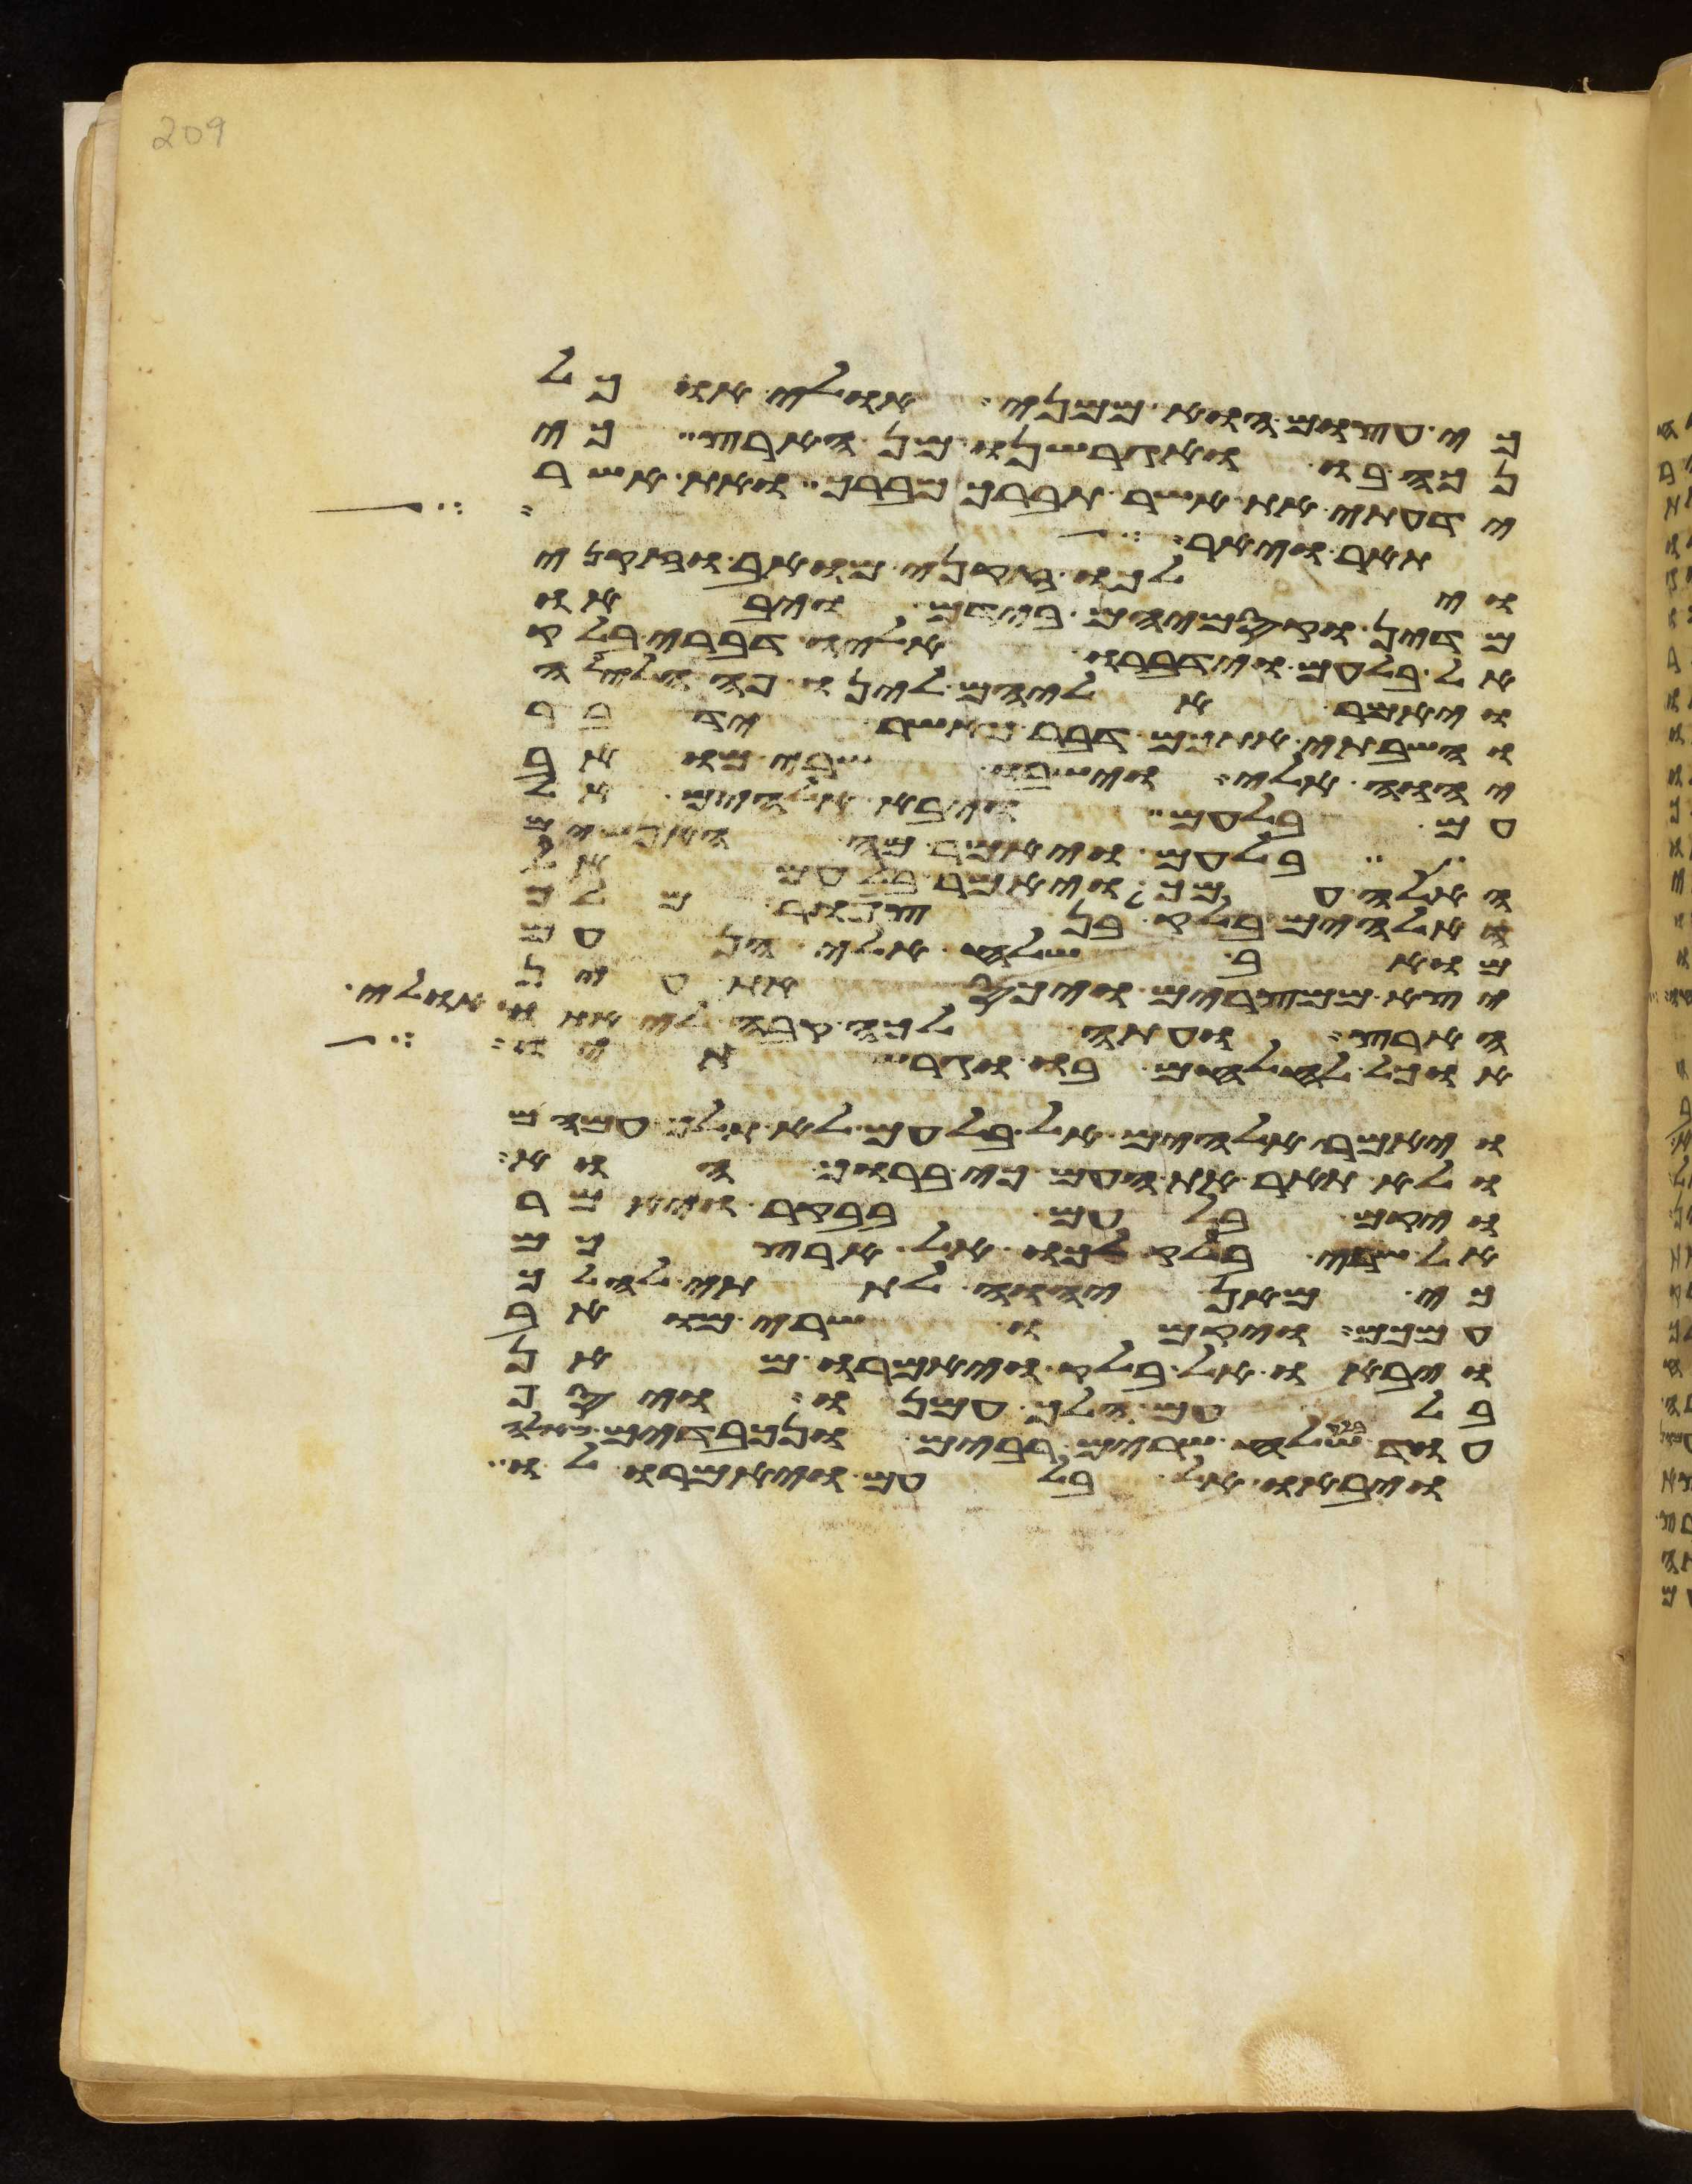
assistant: כי עצום הוא ממני אולי אוכל
נכה בו ואגרשנו מן הארץ כי
ידעתי את אשר תברך מברך ואת אשר
תאר ויאר
וילכו זקני מואב וזקני
מדין וקסמיהם בידם ויבאו
אל בלעם וידברו אליו דברי בלק
ויאמר אליהם לינו פה הלילה
והשבתי אתכם דבר כאשר ידבר
יהוה אלי וישבו שרי מואב
עם בלעם ויבא אלהים אל
בלעם ויאמר מה האנשים
האלה עמך ויאמר בלעם אל
האלהים בלק בן צפור מלך
מואב שלח אלי הן עם
יצא ממצרים ויכס את עין
הארץ ועתה לכה קבה לי אתו אולי
אוכל להלחם בו וגרשתיו
ויאמר אלהים אל בלעם לא תלך עמהם
ולא תאר את העם כי ברוך הוא
ויקם בלעם בבקר ויאמר
אל שרי בלק לכו אל ארצכם
כי מאן יהוה לתתי להלך
עמכם ויקמו שרי מואב
ויבאו אל בלק ויאמרו מאן
בלעם הלך עמנו ויסף
עוד בלק שלח שרים רבים ונכבדים מאלה
ויבאו אל בלעם ויאמרו לו